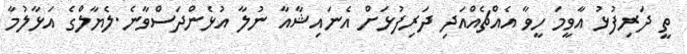
ތީ ދަރިފުޅު އާވީމަ ހީވާ އެއްޗެއްއަދި ދަރިފުޅަށް އެނައިޝާއާ ނުލާ އުޅެންދަސްވާނެ.ލެޔާލްގެ އަޅާލުމާ